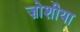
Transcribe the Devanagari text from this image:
ज़ोशीया